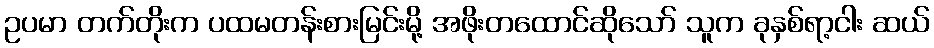
ဥပမာ တက်တိုးက ပထမတန်းစားမြင်းမို့ အဖိုးတထောင်ဆိုသော် သူက ခုနှစ်ရာ့ငါး ဆယ်